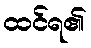
ထင်ရ၏